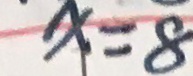
x = 8